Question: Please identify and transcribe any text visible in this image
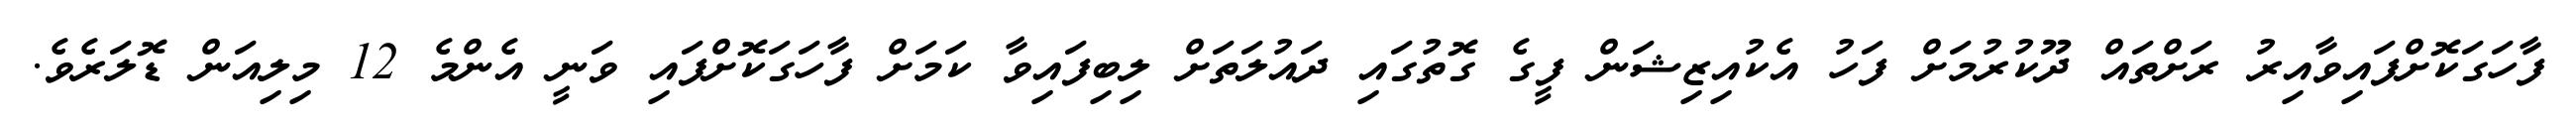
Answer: ފާހަގަކޮށްފައިވާއިރު ރަށްތައް ދޫކުރުމަށް ފަހު އެކުއިޒިޝަން ފީގެ ގޮތުގައި ދައުލަތަށް ލިބިފައިވާ ކަމަށް ފާހަގަކޮށްފައި ވަނީ އެންމެ 12 މިލިއަން ޑޮލަރެވެ.